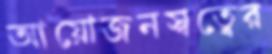
আয়োজনস্বত্বের